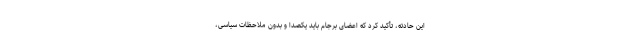
این حادثه، تأکید کرد که اعضای برجام باید یکصدا و بدون ملاحظات سیاسی،